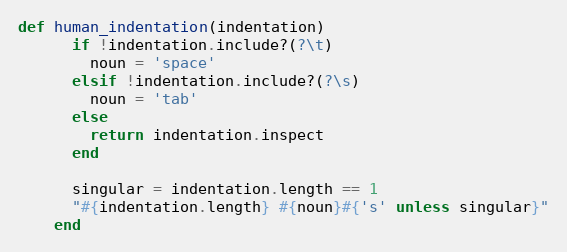
Language: Ruby
def human_indentation(indentation)
      if !indentation.include?(?\t)
        noun = 'space'
      elsif !indentation.include?(?\s)
        noun = 'tab'
      else
        return indentation.inspect
      end

      singular = indentation.length == 1
      "#{indentation.length} #{noun}#{'s' unless singular}"
    end